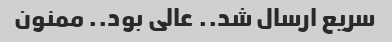
سریع ارسال شد.. عالی بود.. ممنون